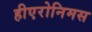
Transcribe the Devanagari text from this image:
हीएरोनिमस